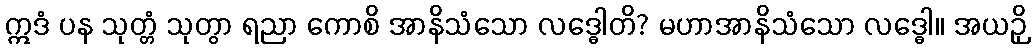
ဣဒံ ပန သုတ္တံ သုတွာ ရညာ ကောစိ အာနိသံသော လဒ္ဓေါတိ? မဟာအာနိသံသော လဒ္ဓေါ။ အယဉှိ